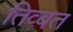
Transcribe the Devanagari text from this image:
तिव्बत